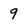
Character: 9